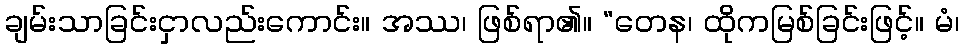
ချမ်းသာခြင်းငှာလည်းကောင်း။ အဿ၊ ဖြစ်ရာ၏။ “တေန၊ ထိုကမြစ်ခြင်းဖြင့်။ မံ၊